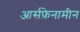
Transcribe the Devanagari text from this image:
आर्सफ़ेनामीन